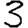
Digit: 3